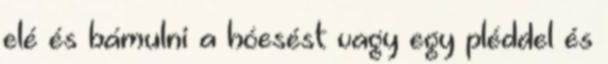
elé és bámulni a hóesést vagy egy pléddel és